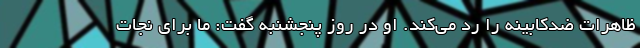
ظاهرات ضدکابینه را رد می‌کند. او در روز پنجشنبه گفت: ما برای نجات